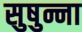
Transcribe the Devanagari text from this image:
सुषुन्ना